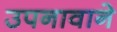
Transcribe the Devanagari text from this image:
उपनावाने